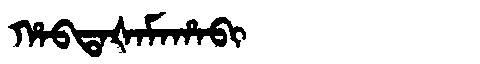
Manchu: ᡥᠠᠪᡨᠠᡧᠠᠮᠠᡥᠠᠪᡳ
Romanization: HABTAŠAMAHABI